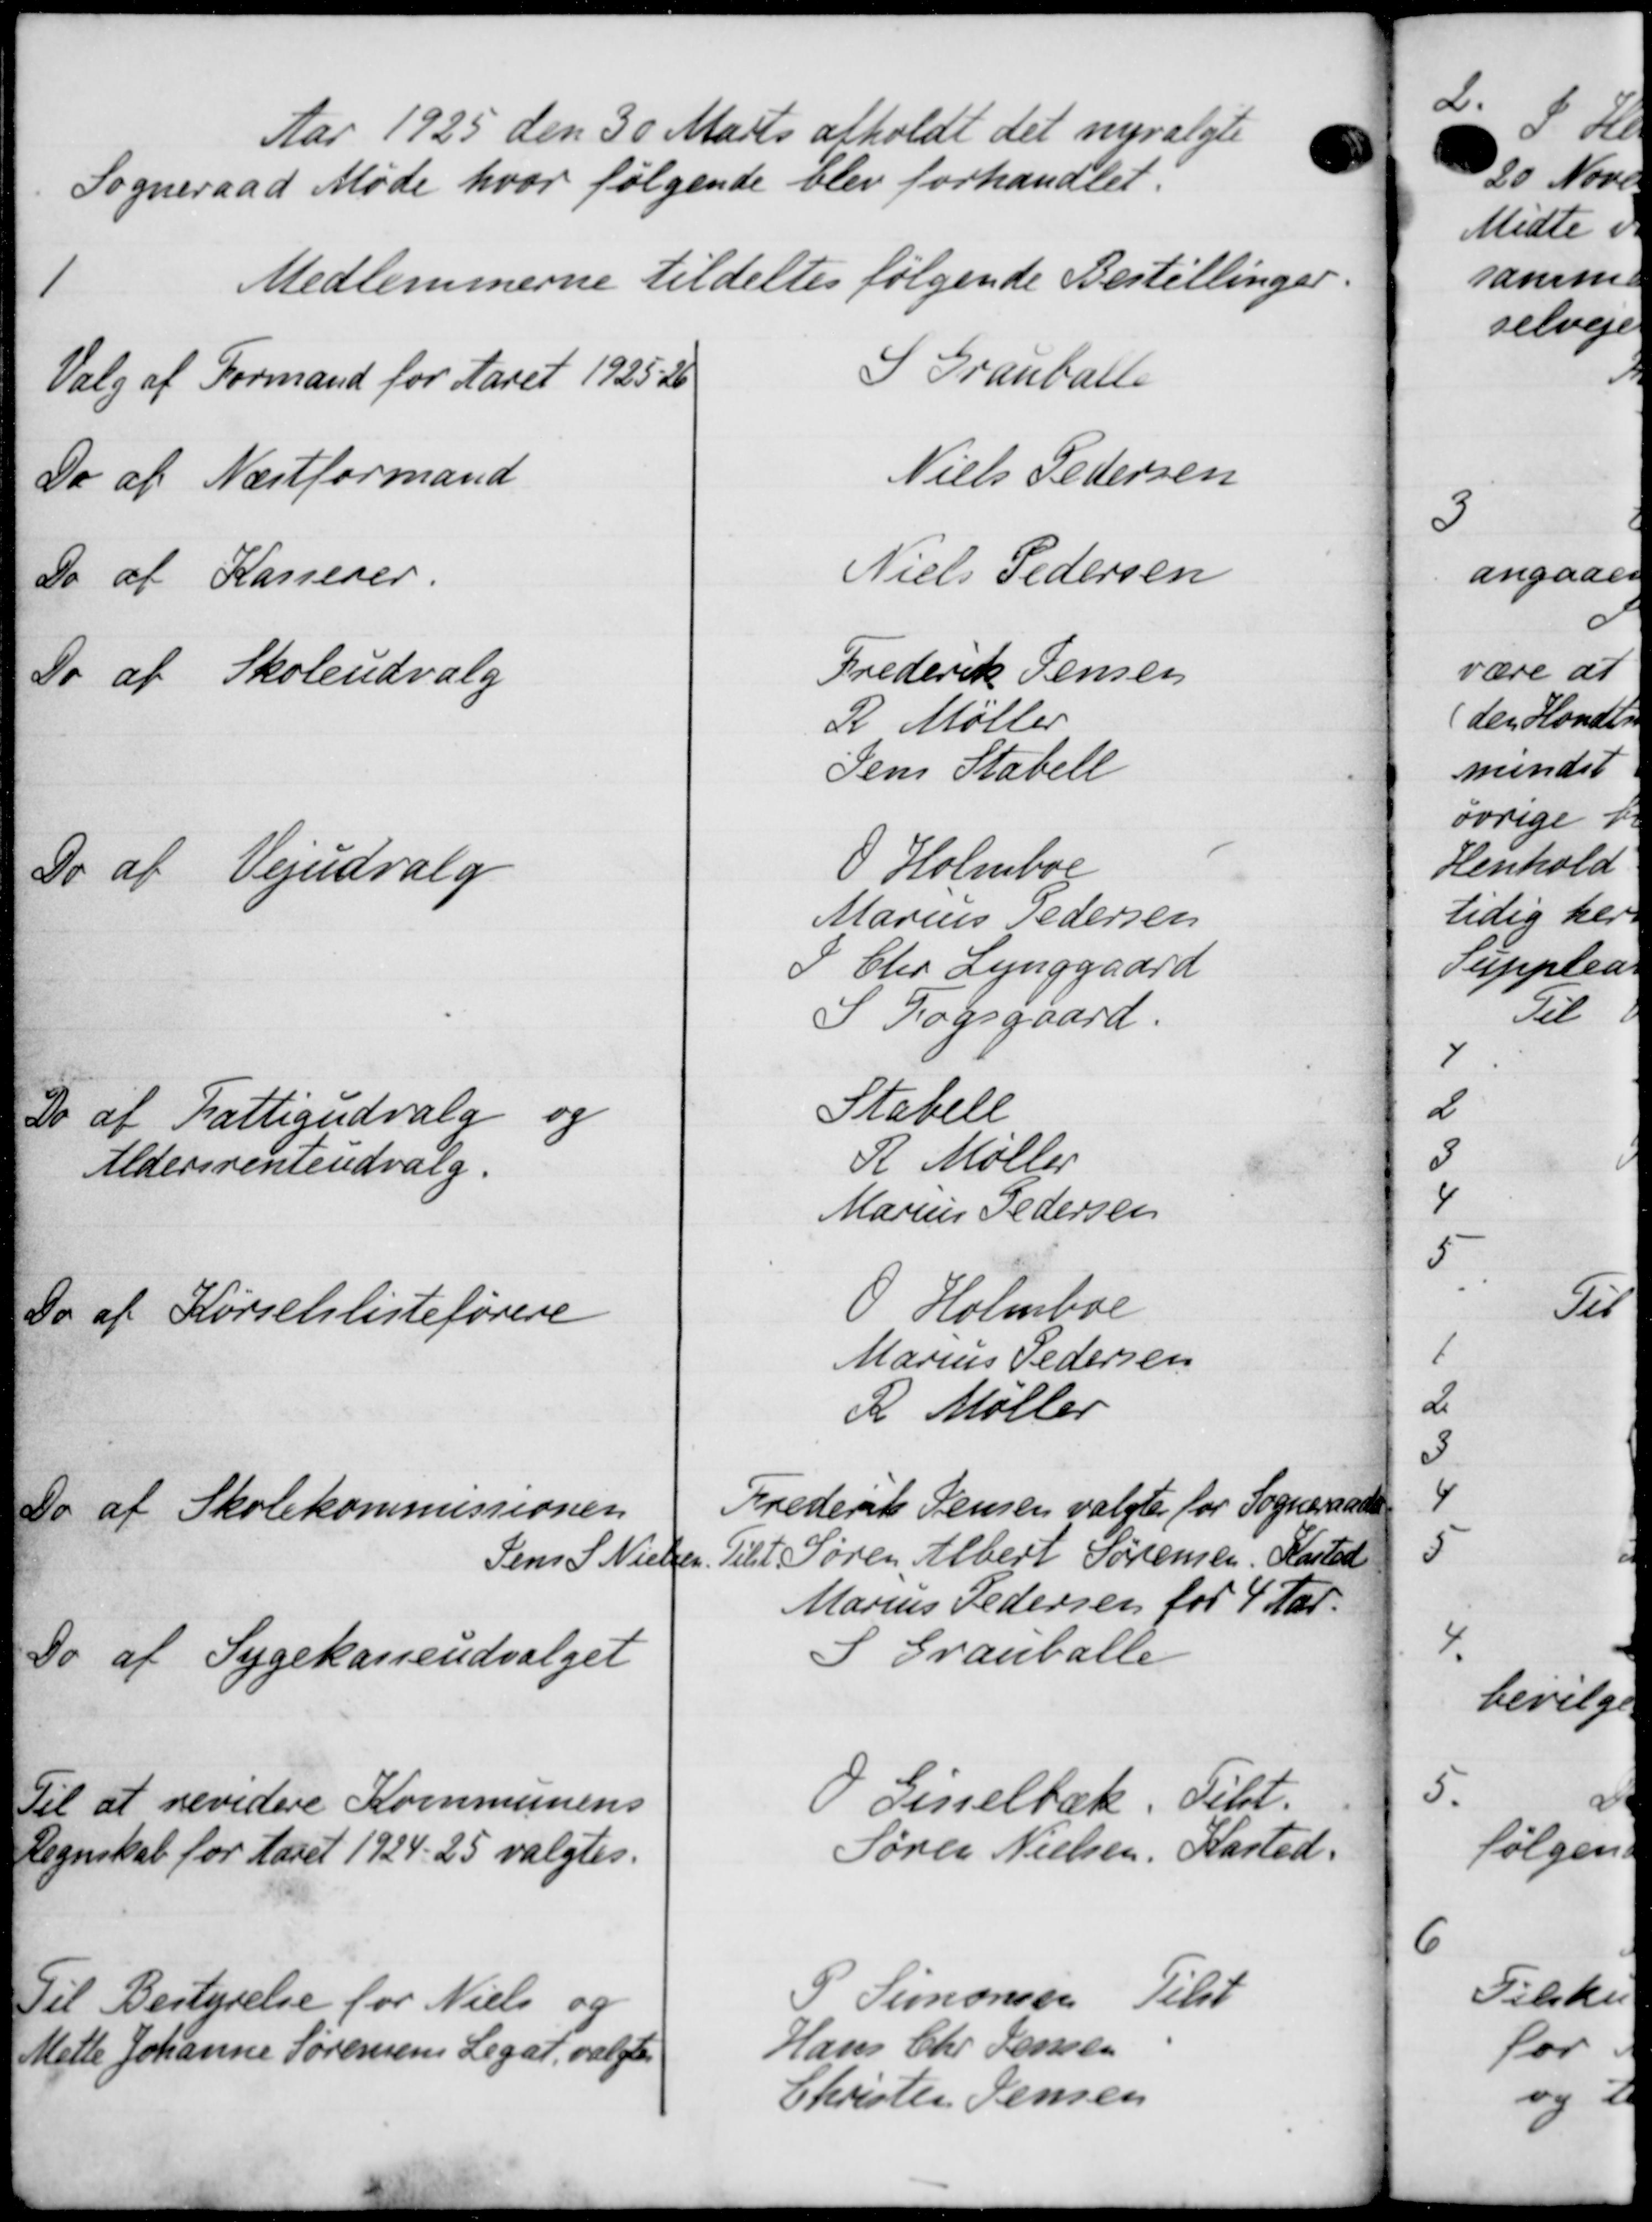
Transskription:
Aar 1925 den 30 Marts afholdt det nyvalgte
Sogneraad Møde hvor følgende blev forhandlet:

Medlemmerne tildeltes følgende Bestillinger.
Valg af Formand for Aaret 1925-26
I Granballe
Do af Næstformand
Niels Pedersen
Do af Kasserer.
Niels Pedersen
Do af Skoleudvalg
Frederik Jensen
R Møller
Jens Stabell
Do af Vejudvalg
O Holmboe
Marius Pedersen
P Chr. Lynggaard
S Fogsgaard.
Do af Fattigudvalg og
Aldersrenteudvalg.
Stabele
R Møller
Marius Pedersen
Do af Kørselslisteførere
O Holmboe
Marius Pedersen
R Møller
Do af Skolekommissionen
Frederik Jensen valgtes for Sogneraade
Jens S. Nielsen Tilst Søren Albert Sørensen, Kasted
Marius Pedersen for 4 Aar.
Do af Sygekasseudvalget
I Granballe
Til at revidere Kommunens
Regnskab for Aaret 1924-25 valgtes.
O Gisselbæk. Tilst.
Søren Nielsen, Kasted.
Til Bestyrelse for Niels og
Mette Johanne Sørensens Legat valgtes
P Simonsen Tilst
Hans Chr. Jensen
Christen Jensen